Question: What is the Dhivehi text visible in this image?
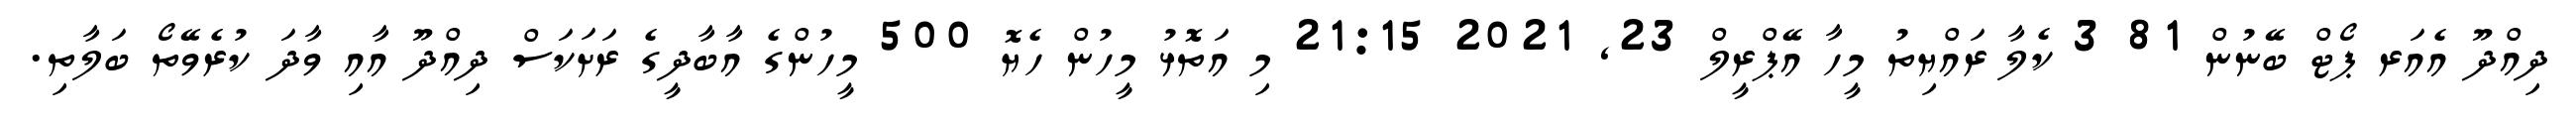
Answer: ދިއްދޫ އެއަރ ޕޯޓް ބޭނުން 81 3 ކެލާ ރައްޔިތު މީހާ އޭޕްރީލް 23, 2021 21:15 މި އަތޮޅު މީހުން ހެޔޮ 500 މީހުންގެ އާބާދީގެ ރަށަކަސް ދިއްދޫ އާއި ވާދަ ކުރެވޭތޯ ބަލާތި.